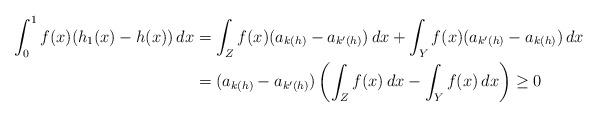
LaTeX: \begin{align*}\int^1_0 f(x)(h_1(x) - h(x)) \, dx &= \int_{Z} f(x) (a_{k(h)} - a_{k'(h)}) \, dx + \int_Y f(x) (a_{k'(h)} - a_{k(h)}) \, dx\\&= (a_{k(h)} - a_{k'(h)}) \left( \int_{Z} f(x) \, dx - \int_Y f(x) \, dx \right) \geq 0\end{align*}